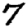
Digit: 7